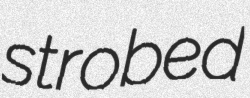
strobed